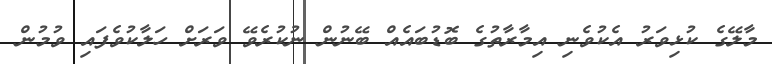
މާލޭގެ ކުޅިވަރު އެކުވެނި އިމާރާތުގެ ބޮޑުބައެއް ބޭނުން ނުކުރެވޭ ވަރަށް ހަލާކުވެފައި ވުމުން